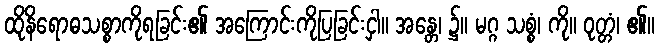
ထိုနိရောဓသစ္စာကိုရခြင်း၏ အကြောင်းကိုပြခြင်းငှါ။ အန္တေ၊ ၌။ မဂ္ဂ သစ္စံ၊ ကို။ ဝုတ္တံ၊ ၏။